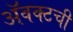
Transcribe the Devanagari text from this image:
ॲवक्टची